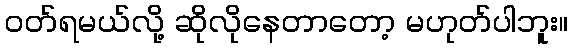
ဝတ်ရမယ်လို့ ဆိုလိုနေတာတော့ မဟုတ်ပါဘူး။